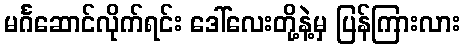
မင်္ဂဆောင်လိုက်ရင်း ဒေါ်လေးတို့နဲ့မှ ပြန်ကြားလား